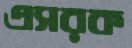
এসরক